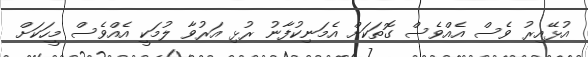
އުޅޭއިރު ވެސް އެއްވެސް ގޮތަކަށް އެމަނިކުފާނު ރުޅި އަރުވާ ލުމަކީ އެއްވެސް މީހަކަށް